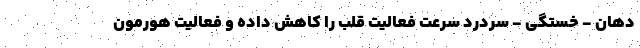
دهان - خستگی - سردرد سرعت فعالیت قلب را کاهش داده و فعالیت هورمون